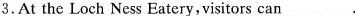
3.At the Loch Ness Eatery,visitors can_